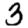
Digit: 3